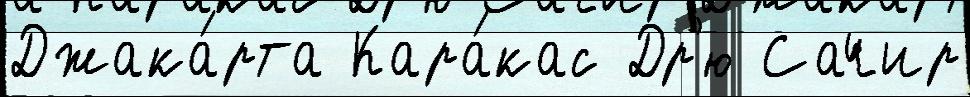
Джака́рта Кара́кас Др'ю Сачир